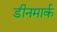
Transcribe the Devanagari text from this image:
डीनमार्क